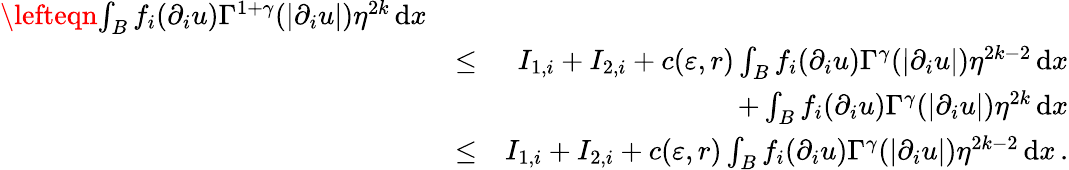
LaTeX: \begin{array}{rlr}{\lefteqn{\int_{B}f_{i}(\partial_{i}u)\Gamma^{1+\gamma}(|\partial_{i}u|)\eta^{2k}\, \mathrm{d}x}}\\ &{\leq}&{I_{1,i}+I_{2,i}+c(\varepsilon,r)\int_{B}f_{i}(\partial_{i}u)\Gamma^{\gamma}(|\partial_{i}u|)\eta^{2k-2}\, \mathrm{d}x}\\ &{}&{+\int_{B}f_{i}(\partial_{i}u)\Gamma^{\gamma}(|\partial_{i}u|)\eta^{2k}\, \mathrm{d}x}\\ &{\leq}&{I_{1,i}+I_{2,i}+c(\varepsilon,r)\int_{B}f_{i}(\partial_{i}u)\Gamma^{\gamma}(|\partial_{i}u|)\eta^{2k-2}\, \mathrm{d}x\, .}\end{array}